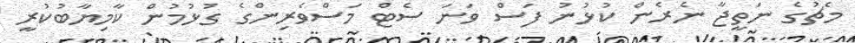
މެޗުގެ ނަތީޖާ ނެރެން ކުޅުނު ފަސް ވަނަ ސެޓް މަސްވެރިންގެ ގުޅުމުން ކާމިޔާބުކުރީ